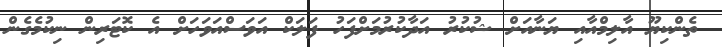
ތެންކިޔޫ އާލިމްއާއި ޔަނާއަށް ޝުކުރު އަދާކުރުމަށްފަހު ފަލަކް އަވަސްއަވަހަށް އެ ކޮޓަރިން ނިކުމެގެން